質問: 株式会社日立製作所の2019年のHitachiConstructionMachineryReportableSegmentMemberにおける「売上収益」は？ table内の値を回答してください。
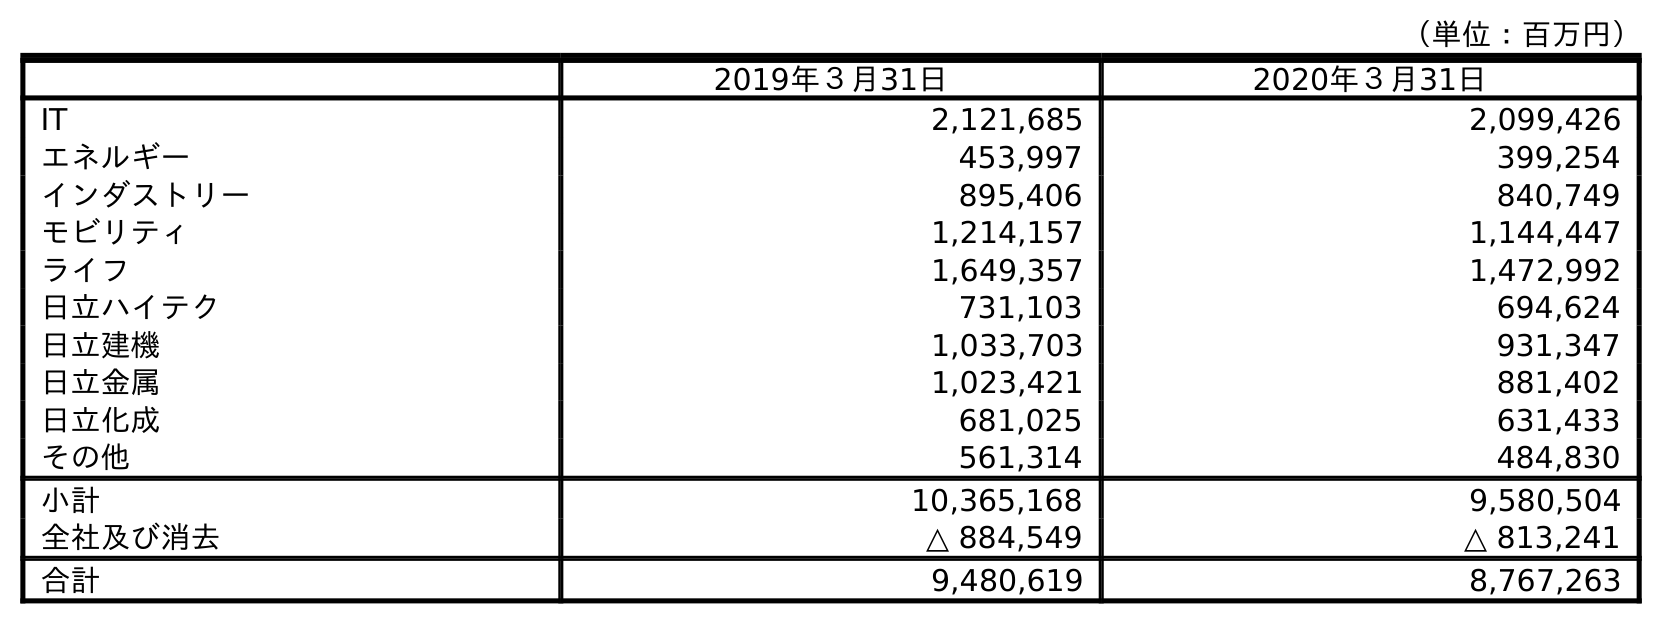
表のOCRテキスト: （単位：百万円） 2019年３月31日 2020年３月31日 IT 2,121,685 2,099,426 エネルギー 453,997 399,254 インダストリー 895,406 840,749 モビリティ 1,214,157 1,144,447 ライフ 1,649,357 1,472,992 日立ハイテク 731,103 694,624 日立建機 1,033,703 931,347 日立金属 1,023,421 881,402 日立化成 681,025 631,433 その他 561,314 484,830 小計 10,365,168 9,580,504 全社及び消去 △ 884,549 △ 813,241 合計 9,480,619 8,767,263
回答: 1,033,703